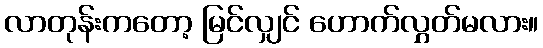
လာတုန်းကတော့ မြင်လျှင် ဟောက်လွှတ်မလား။